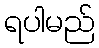
ရပါမည်